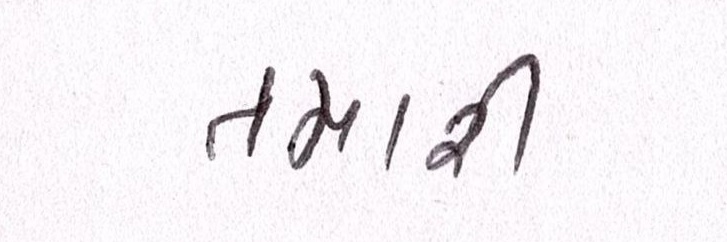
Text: તમારી